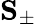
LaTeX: \mathbf{S}_{\pm}